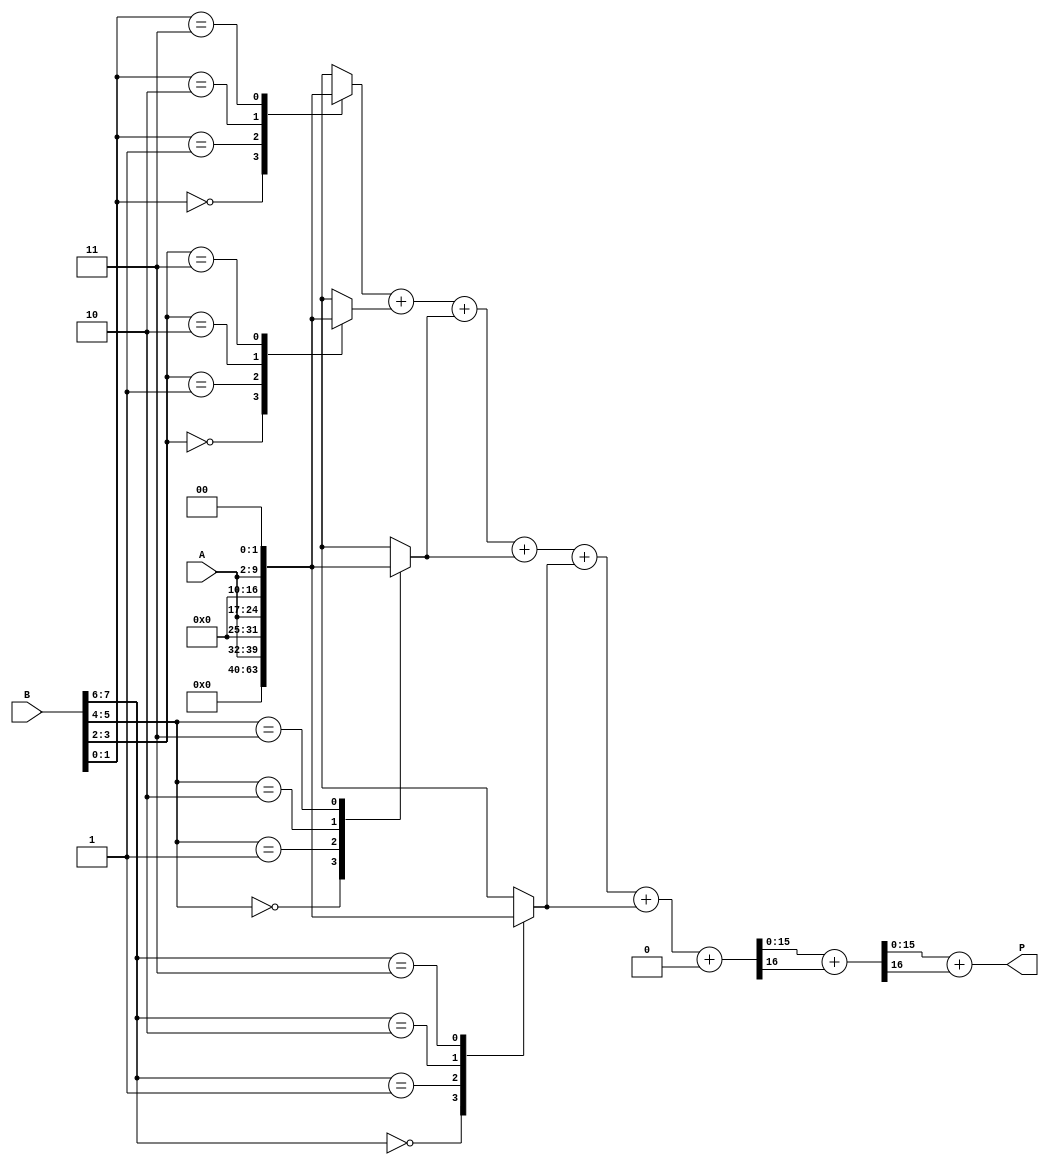
module radix4_wallace_multiplier #(parameter N = 8) (
    input [N-1:0] A,
    input [N-1:0] B,
    output reg [2*N-1:0] P
);

    // Partial product generation
    reg [2*N-1:0] pp [0:(N/2)-1]; // Partial products
    integer i;

    always @(*) begin
        // Initialize partial products to zero
        for (i = 0; i < (N/2); i = i + 1) begin
            pp[i] = 0;
        end
        
        // Generate partial products based on Radix-4 encoding
        for (i = 0; i < N; i = i + 2) begin
            case (B[i+1:i])
                2'b00: pp[i/2] = 0;
                2'b01: pp[i/2] = A;
                2'b10: pp[i/2] = A << 1;
                2'b11: pp[i/2] = A << 2;
            endcase
        end
    end

    // Wallace tree reduction
    wire [2*N-1:0] sum [0:(N/2)-1];
    wire [2*N-1:0] carry [0:(N/2)-1];
    
    // Initial sum and carry from partial products
    assign sum[0] = pp[0];
    assign carry[0] = 0;

    // Reduction using half adders and full adders
    genvar j;
    generate
        for (j = 0; j < (N/2)-1; j = j + 1) begin : reduction
            wire [2*N-1:0] a, b, c;
            assign a = sum[j];
            assign b = pp[j+1];
            assign c = (j < (N/2)-2) ? pp[j+2] : 0;

            // Full adder for three inputs
            wire [2*N-1:0] sum_out;
            wire carry_out;

            // Full adder logic
            assign {carry_out, sum_out} = a + b + c;

            assign sum[j+1] = sum_out;
            assign carry[j+1] = carry_out;
        end
    endgenerate

    // Final addition of the last two sums
    wire [2*N-1:0] final_sum;
    wire final_carry;

    assign {final_carry, final_sum} = sum[(N/2)-1] + carry[(N/2)-1];

    // Final product assignment
    always @(*) begin
        P = final_sum + final_carry;
    end

endmodule